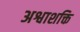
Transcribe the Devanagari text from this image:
अश्वाशक्ति